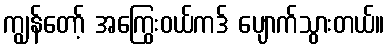
ကျွန်တော့် အကြွေးဝယ်ကဒ် ပျောက်သွားတယ်။